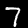
Digit: 7